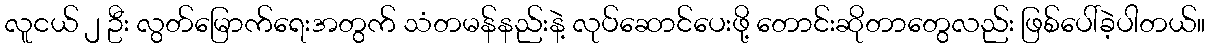
လူငယ် ၂ ဦး လွတ်မြောက်ရေးအတွက် သံတမန်နည်းနဲ့ လုပ်ဆောင်ပေးဖို့ တောင်းဆိုတာတွေလည်း ဖြစ်ပေါ်ခဲ့ပါတယ်။